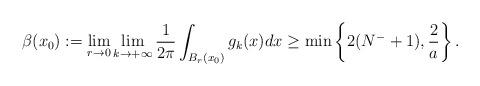
LaTeX: \begin{align*}\beta(x_0):=\lim_{r\to 0} \lim_{k\to + \infty} \frac{1}{2\pi}\int_{B_r(x_0)}g_k(x) dx \geq \min \left\{ 2(N^- +1), \frac{2}{a} \right\}.\end{align*}